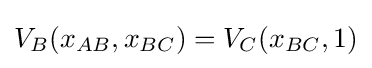
V_{B}(x_{AB},x_{BC})=V_{C}(x_{BC},1)